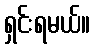
ရှင်းရမယ်။